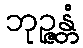
ဘုဉ္ဇန္တံ